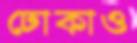
ঢোকাও